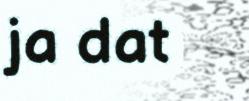
ja dat